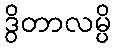
ဒွိတာလမ္ပိ